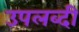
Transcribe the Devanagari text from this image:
उपलब्दी